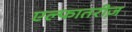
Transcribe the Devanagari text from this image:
एल्फातरीज़